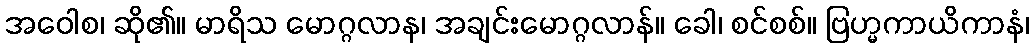
အဝေါစ၊ ဆို၏။ မာရိသ မောဂ္ဂလာန၊ အချင်းမောဂ္ဂလာန်။ ခေါ၊ စင်စစ်။ ဗြဟ္မကာယိကာနံ၊